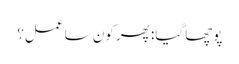
پوچھا گیا: پھر کون سا عمل؟